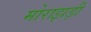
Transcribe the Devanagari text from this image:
मोराझड़ी